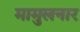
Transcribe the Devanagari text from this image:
मामुलनार